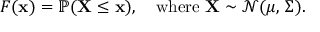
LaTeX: F ( \mathbf { x } ) = \mathbb { P } ( \mathbf { X } \leq \mathbf { x } ) , \quad { \mathrm { w h e r e ~ } } \mathbf { X } \sim { \mathcal { N } } ( { \boldsymbol { \mu } } , \, { \boldsymbol { \Sigma } } ) .